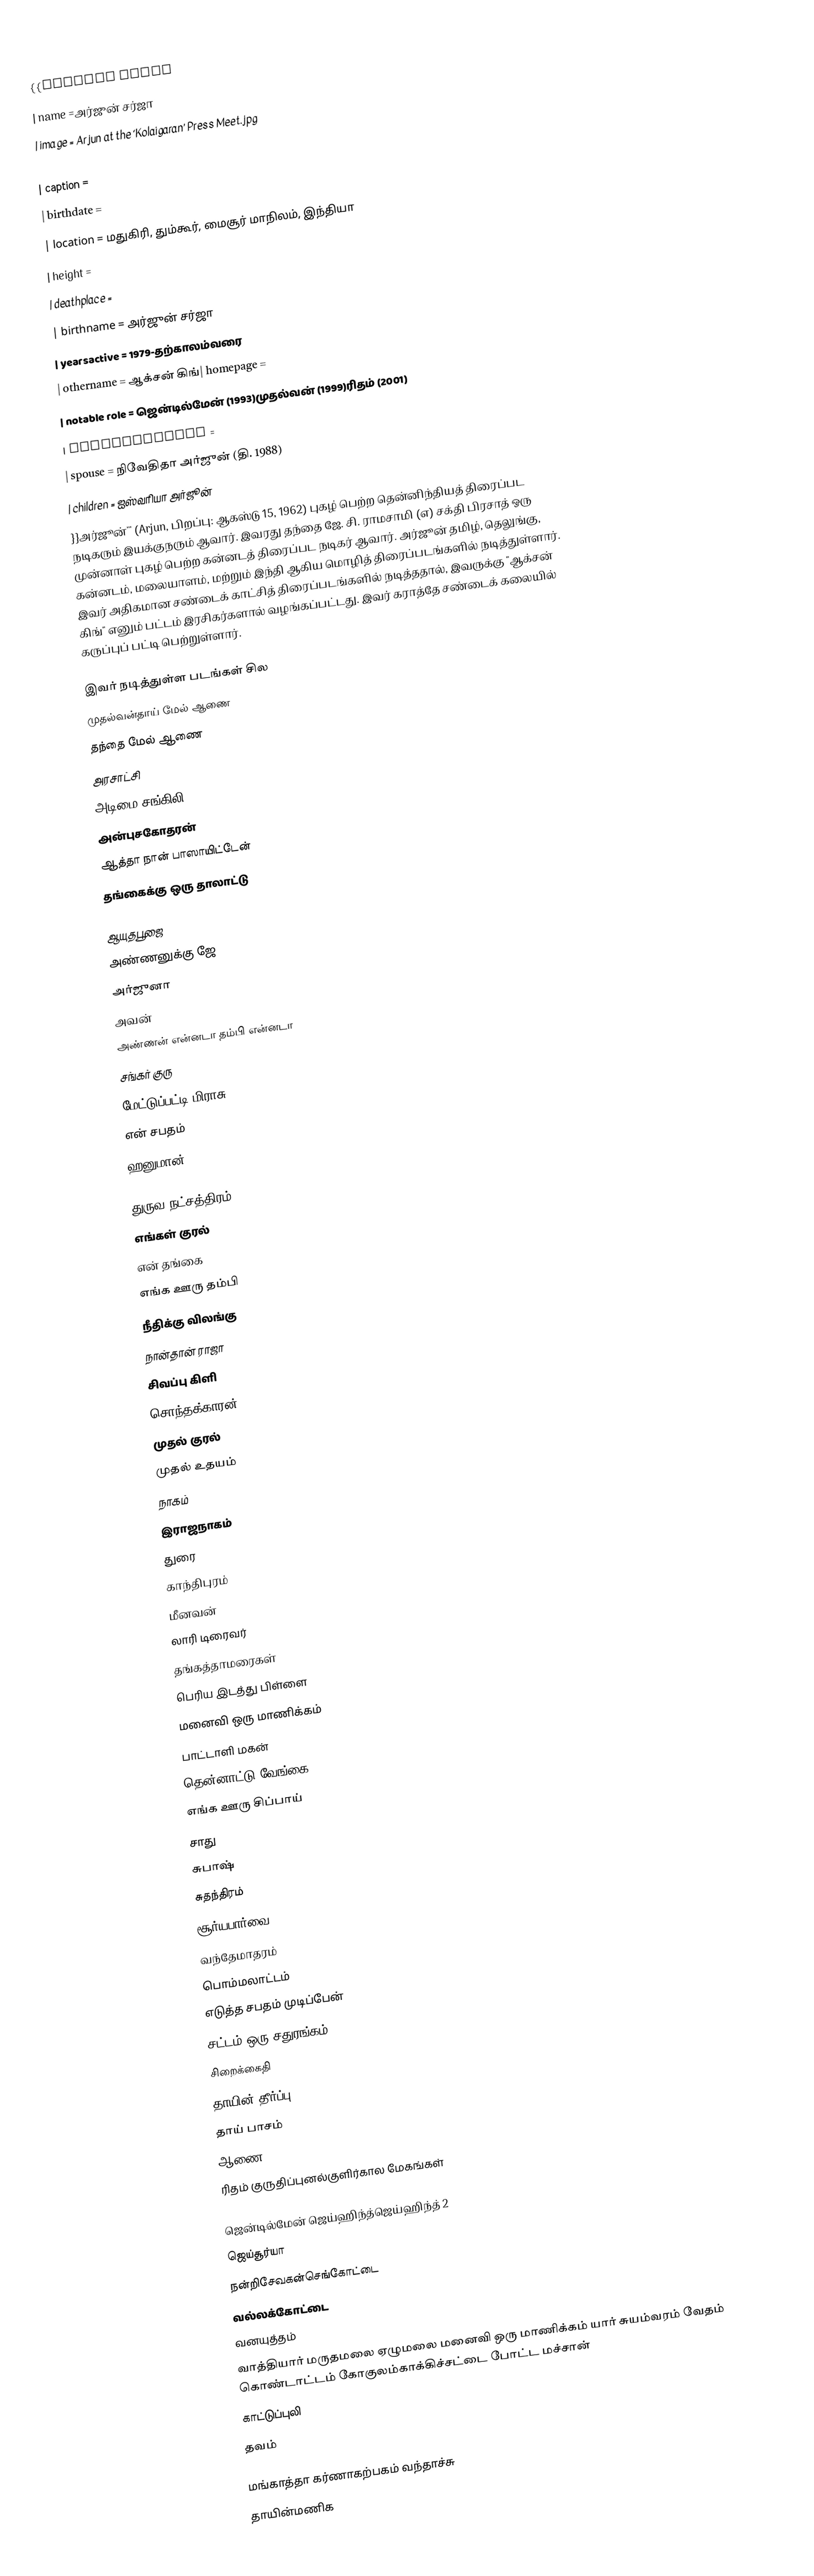
{{Infobox actor
| name =அர்ஜுன் சர்ஜா
| image =  Arjun at the ‘Kolaigaran’ Press Meet.jpg
| imagesize =
| caption =
| birthdate =
| location =  மதுகிரி, தும்கூர், மைசூர் மாநிலம், இந்தியா
| height =
| deathplace =
| birthname = அர்ஜுன் சர்ஜா
| yearsactive = 1979-தற்காலம்வரை
| othername = ஆக்சன் கிங்| homepage =
| notable role = ஜென்டில்மேன் (1993)முதல்வன் (1999)ரிதம் (2001)
| academyawards =
| spouse = நிவேதிதா அர்ஜுன் (தி. 1988)
| children = ஐஸ்வரியா அர்ஜூன்
}}அர்ஜூன்''' (Arjun, பிறப்பு: ஆகஸ்டு 15, 1962) புகழ் பெற்ற தென்னிந்தியத் திரைப்பட நடிகரும் இயக்குநரும் ஆவார். இவரது தந்தை ஜே. சி. ராமசாமி (எ) சக்தி பிரசாத் ஒரு முன்னாள் புகழ் பெற்ற கன்னடத் திரைப்பட நடிகர் ஆவார். அர்ஜூன் தமிழ், தெலுங்கு, கன்னடம், மலையாளம், மற்றும் இந்தி ஆகிய மொழித் திரைப்படங்களில் நடித்துள்ளார். இவர் அதிகமான சண்டைக் காட்சித் திரைப்படங்களில் நடித்ததால், இவருக்கு "ஆக்சன் கிங்" எனும் பட்டம் இரசிகர்களால் வழங்கப்பட்டது. இவர் கராத்தே சண்டைக் கலையில் கருப்புப் பட்டி பெற்றுள்ளார்.

 இவர் நடித்துள்ள படங்கள் சில
 முதல்வன்தாய் மேல் ஆணை
தந்தை மேல் ஆணை
அரசாட்சி
அடிமை சங்கிலி
அன்புசகோதரன்
ஆத்தா நான் பாஸாயிட்டேன்
தங்கைக்கு ஒரு தாலாட்டு

ஆயுதபூஜை
அண்ணனுக்கு ஜே
அர்ஜுனா
அவன்
அண்ணன் என்னடா தம்பி என்னடா
சங்கர் குரு
மேட்டுப்பட்டி மிராசு
என் சபதம்
ஹனுமான்

துருவ நட்சத்திரம்
எங்கள் குரல்
என் தங்கை
எங்க ஊரு தம்பி
நீதிக்கு விலங்கு
நான்தான் ராஜா
சிவப்பு கிளி
சொந்தக்காரன்
முதல் குரல்
முதல் உதயம்
நாகம்
இராஜநாகம்
துரை
காந்திபுரம்
மீனவன்
லாரி டிரைவர்
தங்கத்தாமரைகள்
பெரிய இடத்து பிள்ளை
மனைவி ஒரு மாணிக்கம்
பாட்டாளி மகன்
தென்னாட்டு வேங்கை
எங்க ஊரு சிப்பாய்
சாது
சுபாஷ்
சுதந்திரம்
சூர்யபார்வை
வந்தேமாதரம்
பொம்மலாட்டம்
எடுத்த சபதம் முடிப்பேன்
சட்டம் ஒரு சதுரங்கம்
சிறைக்கைதி
தாயின் தீர்ப்பு
தாய் பாசம்
ஆணை
 ரிதம் குருதிப்புனல்குளிர்கால மேகங்கள்

 ஜென்டில்மேன் ஜெய்ஹிந்த்ஜெய்ஹிந்த் 2
ஜெய்சூர்யா
 நன்றிசேவகன்செங்கோட்டை
வல்லக்கோட்டை
வனயுத்தம்
 வாத்தியார் மருதமலை ஏழுமலை மனைவி ஒரு மாணிக்கம் யார் சுயம்வரம் வேதம் கொண்டாட்டம் கோகுலம்காக்கிச்சட்டை போட்ட மச்சான்
காட்டுப்புலி
தவம்

 மங்காத்தா கர்ணாகற்பகம் வந்தாச்சு
 தாயின்மணிக